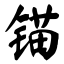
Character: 锚